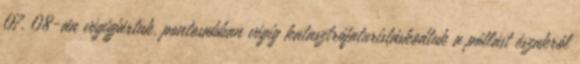
07. 08-án végigjártuk, pontosabban végig katasztrófaturistáskodtuk a pótlást északról